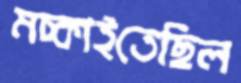
মচ্‌কাইতেছিল